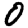
Digit: 0